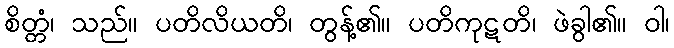
စိတ္တံ၊ သည်။ ပတိလိယတိ၊ တွန့်၏။ ပတိကုဋတိ၊ ဖဲခွါ၏။ ဝါ၊